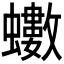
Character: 𮕍